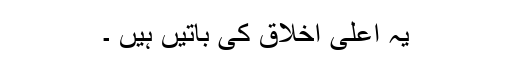
یہ اعلیٰ اخلاق کی باتیں ہیں ۔